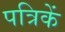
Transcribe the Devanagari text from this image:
पत्रिकें